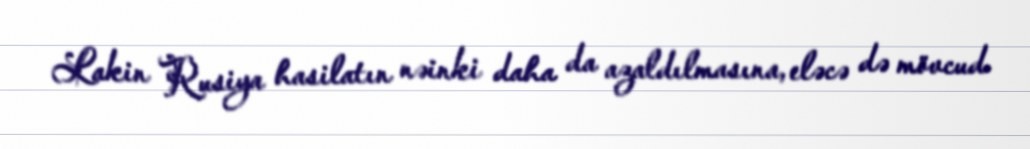
Lakin Rusiya hasilatın nəinki daha da azaldılmasına, eləcə də mövcud